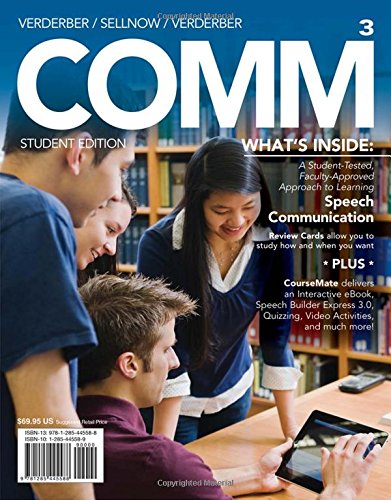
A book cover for COMM 3 (with CourseMate with Interactive Video Activities, SpeechBuilder(TM) Express, 1 term (6 months) Printed Access Card) (New, Engaging Titles from 4LTR Press); Rudolph F. Verderber; Business & Money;